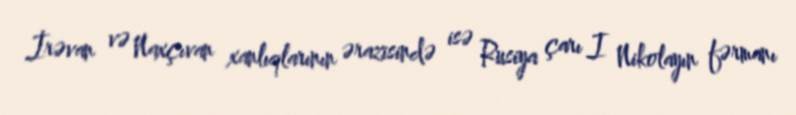
İrəvan və Naxçıvan xanlıqlarının ərazisində isə Rusiya çarı I Nikolayın fərmanı